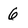
Character: 6